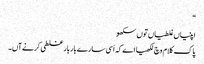
‏“‏
اپنیاں غلطیاں توں سکھو
پاک کلام وچ لکھیا اے کہ اَسی سارے بار بار غلطی کرنے آں۔